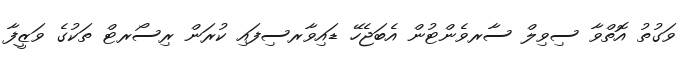
ވަގުތު އޮތްވާ ސިވިލް ސާރވެންޓުން އެބަޖެހޭ ޑައިވާރސިފައި ކުރަން ރިސޯރޓް ތަކުގެ ވަޒީފާ